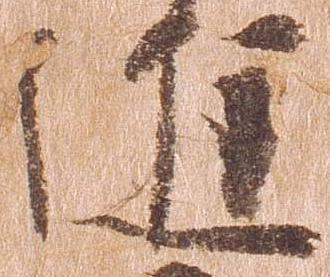
進